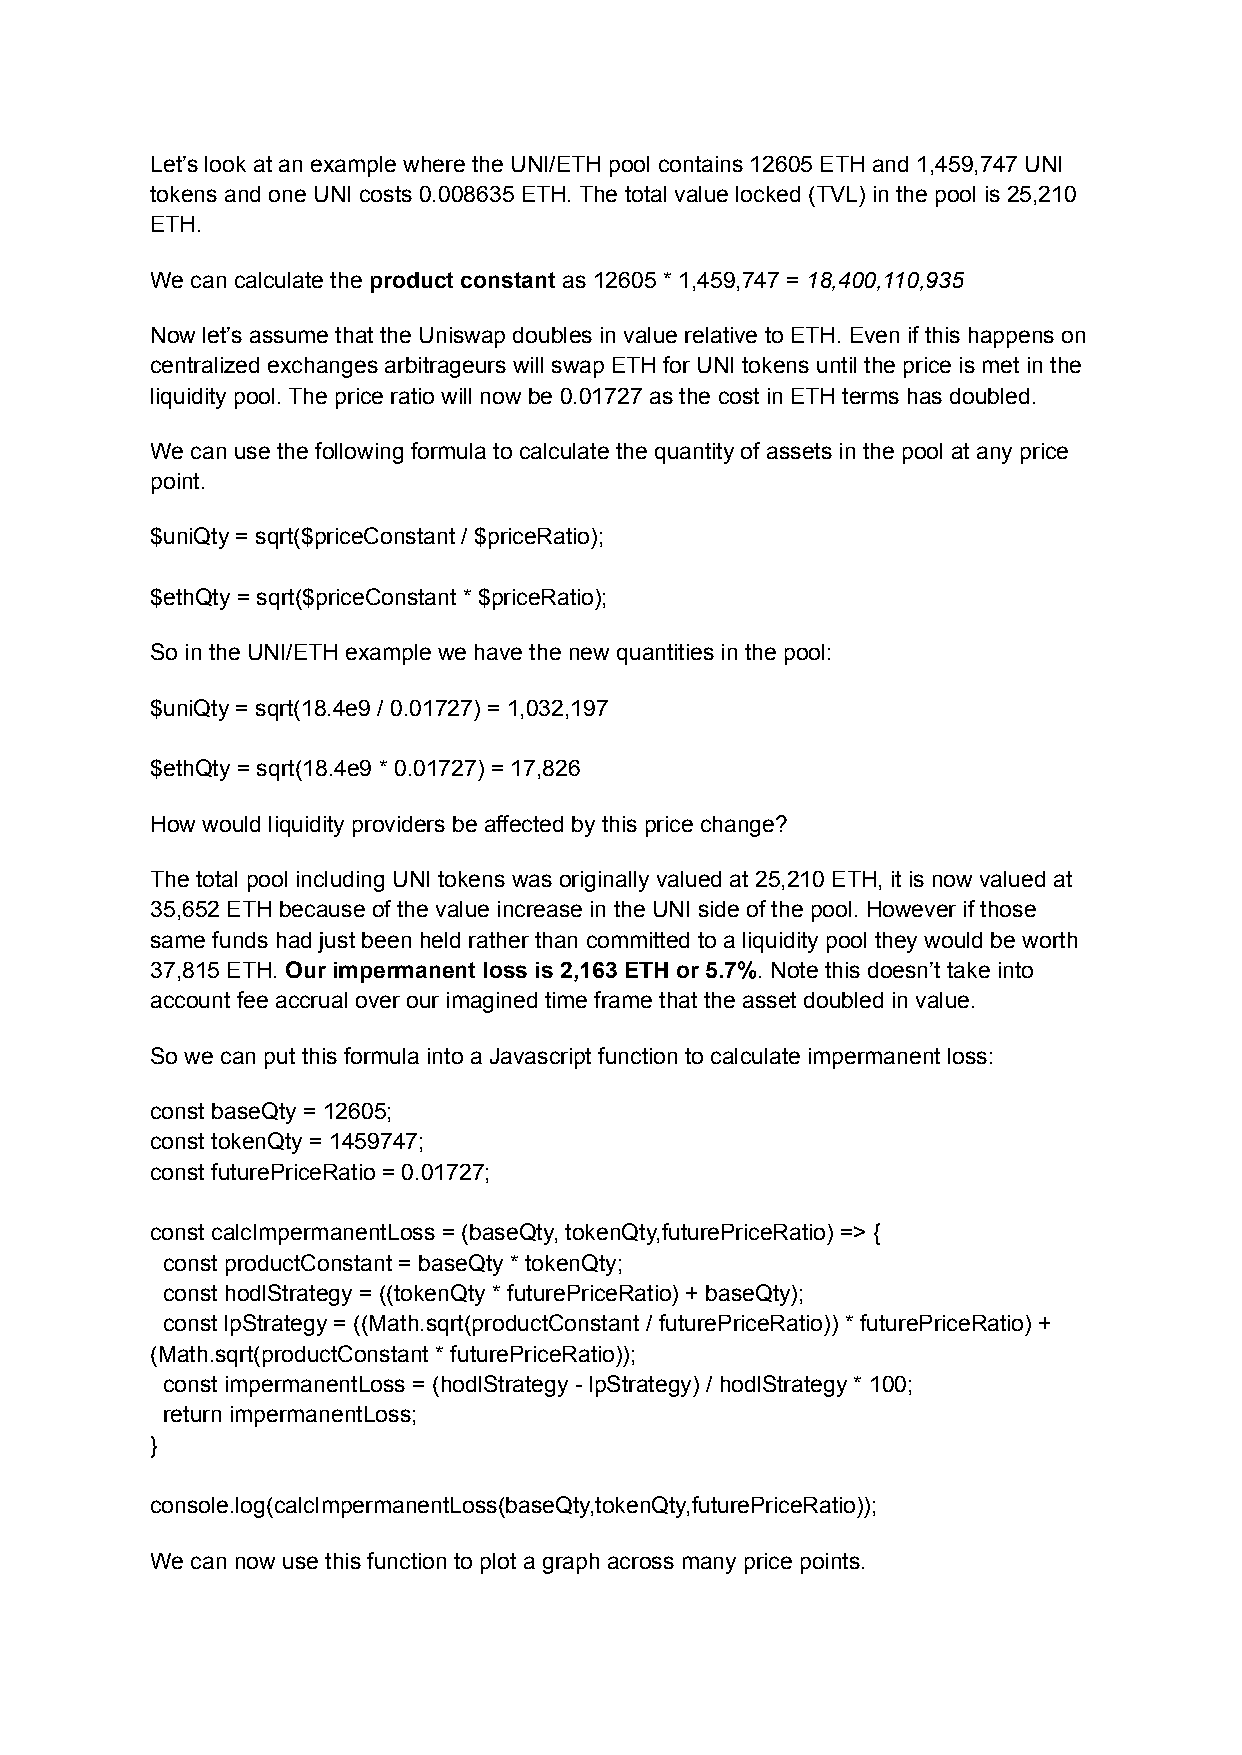
Let’s look at an example where the UNI/ETH pool contains 12605 ETH and 1,459,747 UNI
 tokens and one UNI costs 0.008635 ETH. The total value locked (TVL) in the pool is 25,210
 ETH.
 We can calculate the product constant as 12605 * 1,459,747 = 18,400,110,935
 Now let’s assume that the Uniswap doubles in value relative to ETH. Even if this happens on
 centralized exchanges arbitrageurs will swap ETH for UNI tokens until the price is met in the
 liquidity pool. The price ratio will now be 0.01727 as the cost in ETH terms has doubled.
 We can use the following formula to calculate the quantity of assets in the pool at any price
 point.
 $uniQty = sqrt($priceConstant / $priceRatio);
 $ethQty = sqrt($priceConstant * $priceRatio);
 So in the UNI/ETH example we have the new quantities in the pool:
 $uniQty = sqrt(18.4e9 / 0.01727) = 1,032,197
 $ethQty = sqrt(18.4e9 * 0.01727) = 17,826
 How would liquidity providers be affected by this price change?
 The total pool including UNI tokens was originally valued at 25,210 ETH, it is now valued at
 35,652 ETH because of the value increase in the UNI side of the pool. However if those
 same funds had just been held rather than committed to a liquidity pool they would be worth
 37,815 ETH. Our impermanent loss is 2,163 ETH or 5.7%. Note this doesn’t take into
 account fee accrual over our imagined time frame that the asset doubled in value.
 So we can put this formula into a Javascript function to calculate impermanent loss:
 const baseQty = 12605;
 const tokenQty = 1459747;
 const futurePriceRatio = 0.01727;
 const calcImpermanentLoss = (baseQty, tokenQty,futurePriceRatio) => {
 const productConstant = baseQty * tokenQty;
 const hodlStrategy = ((tokenQty * futurePriceRatio) + baseQty);
 const lpStrategy = ((Math.sqrt(productConstant / futurePriceRatio)) * futurePriceRatio) +
 (Math.sqrt(productConstant * futurePriceRatio));
 const impermanentLoss = (hodlStrategy - lpStrategy) / hodlStrategy * 100;
 return impermanentLoss;
 }
 console.log(calcImpermanentLoss(baseQty,tokenQty,futurePriceRatio));
 We can now use this function to plot a graph across many price points.